Medical and sanitary report of the native army of Madras for the year
Year: 1878
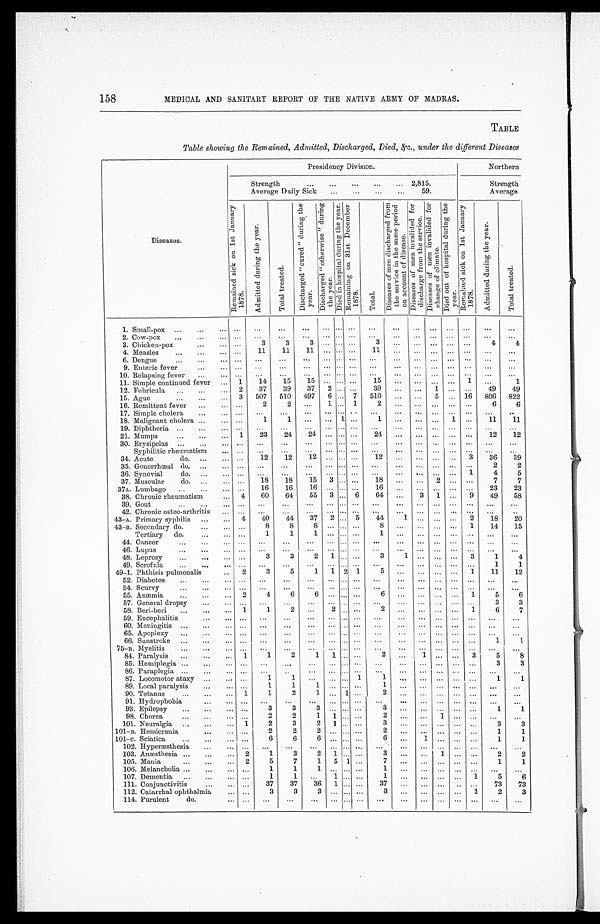
158
MEDICAL AND SANITARY REPORT OF THE NATIVE ARMY OF MADRAS.
TABLE
T a b l e s h o w i n g t h e R e m a i n e d , A d m i t t e d , D i s c h a r g e d , D i e d , & c . , u n d e r t h e d i f f e r e n t D i s e a s e s
Diseases.
Presidency Division.
Northern
Strength. . . 2,815.
Strength
Average Daily Sick . . . 59.
Average
R e m a i n e d s i c k o n 1 s t J a n u a r y 1 8 7 8 .
A d m i t t e d d u r i n g t h e y e a r .
T o t a l t r e a t e d .
D i s c h a r g e d " c u r e d " d u r i n g t h e y e a r .
D i s c h a r g e d " o t h e r w i s e " d u r i n g t h e y e a r .
D i e d i n h o s p i t a l d u r i n g t h e y e a r .
R e m a i n i n g o n 3 1 s t D e c e m b e r 1 8 7 8 .
T o t a l .
D i s e a s e s o f m e n d i s c h a r g e d f r o m t h e s e r v i c e i n t h e s a m e p e r i o d o n a c c o u n t o f d i s e a s e .
D i s e a s e s o f m e n i n v a l i d e d f o r d i s c h a r g e f r o m t h e s e r v i c e .
D i s e a s e s o f m e n i n v a l i d e d f o r c h a n g e o f c l i m a t e .
D i e d o u t o f h o s p i t a l d u r i n g t h e y e a r .
R e m a i n e d s i c k o n 1 s t J a n u a r y 1 8 7 8 .
A d m i t t e d d u r i n g t h e y e a r .
T o t a l t r e a t e d .
1. Small-pox . . .
. . .
. . .
. . .
. . .
. . .
. . .
. . .
. . .
. . .
. . . . . .
. . .
. . .
. . .
. . .
2. Cow-pox . . .
. . .
. . .
. . .
. . .
. . .
. . .
. . .
. . .
. . .
. . . . . .
. . .
. . .
. . .
. . .
. . .
3
3
3
. . .
. . .
. . .
3
. . .
. . . . . .
. . .
. . .
4
4
3. Chicken-pox . . .
. . .
11
11
11
. . .
. . .
. . .
11
. . .
. . . . . .
. . .
. . .
. . .
. . .
4. Measles . . .
6. Dengue . . .
. . .
. . .
. . .
. . .
. . .
. . .
. . .
. . .
. . .
. . . . . .
. . .
. . .
. . .
. . .
9. Enteric fever . . .
. . .. . .
. . .
. . .
. . .
. . .
. . .
. . .
. . .
. . .
. . .
. . .
. . .
. . .
. . .
10. Relapsing fever . . .
. . .
. . .
. . .
. . .
. . .
. . .
. . .
. . .
. . .
. . .
. . .
. . .
. . .
. . .
. . .
1
14
15
15
. . .
. . .
. . .
15
. . .
. . .
. . .
. . .
1
. . .
1
11. Simple continued fever . . .
12. Febricula . . .
2
37
39
37
2
. . .
. . .
39
. . .
. . . 1
. . .
. . .
49
49
3
507
510
497
6
. . . 7
510
. . .
. . .
5
. . .
16
806
822
15. Ague . . .
16. Remittent fever . . .
. . .
2
2
. . .
1
. . . 1
2
. . .
. . .
. . .
. . .
. . .
6
6
17. Simple cholera . . .
. . .
. . .
. . .
. . .
. . .
. . .
. . .
. . .
. . .
. . .
. . .
. . .
. . .
. . .
. . .
18. Malignant cholera . . .
. . .
1
1
. . .
. . .
1
. . .
1
. . .
. . .
. . .
1
. . .
11
11
19. Diphtheria . . .
. . .
. . .
. . .
. . .
. . .
. . .
. . .
. . .
. . .
. . .
. . .
. . .
. . .
. . .
. . .
21. Mumps . . .
1
23
24
24
. . .
. . .
. . .
24
. . .
. . .
. . .
. . .
. . .
12
12
30. Erysipelas . . .
. . .
. . .
. . .
. . .
. . .
. . .
. . .
. . .
. . .
. . .
. . .
. . .
. . .
. . .
. . .
Syphilitic rheumatism . . .
. . .
. . .
. . .
. . .
. . .
. . .
. . .
. . .
. . .
. . .
. . .
. . .
. . .
. . .
. . .
34. Acute do. . . .
. . .
12
12
12
. . .
. . . . . .
12
. . .
. . .
. . .
. . . 3
36
39
35. Gonorrhœal do. . . .
. . .
. . .
. . .
. . .
. . .
. . . . . .
. . .
. . .
. . .
. . . . . .
. . .
2
2
36. Synovial do. . . .
. . .
. . .
. . .
. . .
. . .
. . . . . .
. . .
. . .
. . .
. . .
. . .
1
4
5
37. Muscular do. . . .
. . .
18
18
15
3
. . .
. . .
18
. . .
. . .
2
. . .
. . .
7
7
37A. Lumbago . . .
. . .
16
16
16
. . .
. . .
. . .
16
. . .
. . .
. . .
. . .
. . .
23
23
38. Chronic rheumatism . . .
4
60
64
55
3
. . . 6
64
. . .
3
1
. . .
9
49
58
39. Gout . . .
. . .
. . .
. . .
. . .
. . .
. . .
. . .
. . .
. . .
. . .
. . .
. . .
. . .
. . .
. . .
42. Chronic osteo-arthritis . . .
. . .
. . .
. . .
. . .
. . .
. . .
. . .
. . .
. . .
. . .
. . .
. . .
. . .
. . .
. . .
43-A. Primary syphilis . . .
4
40
44
37
2
. . . 5
44
1
. . .
. . .
. . .
2
18
20
43-B. Secondary do. . . .
. . .
8
8
8
. . .
. . .
. . .
8
. . .
. . .
. . .
. . .
1
14
15
Tertiary do. . . .
. . .
1
1
1
. . .
. . .
. . .
1
. . .
. . .
. . .
. . .
. . .
. . .
. . .
44. Cancer . . .
. . .
. . .
. . .
. . .
. . .
. . .
. . .
. . .
. . .
. . .
. . .
. . .
. . .
. . .
. . .
46. Lupus . . .
. . .
. . .
. . .
. . .
. . .
. . .
. . .
. . .
. . .
. . .
. . .
. . .
. . .
. . .
. . .
48. Leprosy . . .
. . .
3
3
2
1
. . .
. . .
3
1
. . .
. . .
. . .
3
1
4
49. Scrofula. . .
. . .
. . .
. . .
. . .
. . .
. . .
. . .
. . .
. . .
. . .
. . .
. . .
. . .
1
1
49-1. Phthisis pulmonalis . . .
2
3
5
1
1
2
1
5
. . .
. . .
. . .
. . .
1
11
12
52. Diabetes . . .
. . .
. . .
. . .
. . .
. . .
. . .
. . .
. . .
. . .
. . .
. . .
. . .
. . .
. . .
. . .
54. Scurvy . . .
. . .
. . .
. . .
. . .
. . .
. . .
. . .
. . .
. . .
. . .
. . .
. . .
. . .
. . .
. . .
55. Anæmia . . .
2
4
6
6
. . .
. . .
. . .
6
. . .
. . .
. . .
. . .
1
5
6
57. General dropsy . . .
. . .
. . .
. . .
. . .
. . .
. . .
. . . . . .
. . .
. . .
. . .
. . .
. . .
3
3
58. Beri-beri . . .
1
1
2
. . .
2
. . .
. . . 2
. . .
. . .
. . .
. . .
1
6
7
59. Encephalitis . . .
. . .
. . .
. . .
. . .
. . .
. . .
. . .
. . .
. . .
. . .
. . .
. . .
. . .
. . .
. . .
60. Meningitis . . .
. . .
. . .
. . .
. . .
. . .
. . .
. . .
. . .
. . .
. . .
. . .
. . .
. . .
. . .
. . .
65. Apoplexy . . .
. . .
. . .
. . .
. . .
. . .
. . .
. . .
. . .
. . .
. . .
. . .
. . .
. . .
. . .
. . .
66. Sunstroke . . .
. . .. . .
. . .
. . .
. . .
. . .
. . .
. . .
. . .
. . .
. . .
. . .
. . .
1
1
75-B. Myelitis . . .
. . .
. . .
. . .
. . .
. . .
. . .
. . .
. . .
. . .
. . .
. . .
. . .
. . .
. . .
. . .
84. Paralysis . . .
1
1
2
1
1
. . .
. . .
2
. . .
1
. . .
. . .
3
5
8
85. Hemiplegia . . .
. . .
. . .
. . .
. . .
. . .
. . .
. . .
. . .
. . .
. . .
. . .
. . .
. . .
3
3
86. Paraplegia . . .
. . .
. . .
. . .
. . .
. . .
. . .
. . .
. . .
. . .
. . .
. . .
. . .
. . .
. . .
. . .
. . .
1
1
. . .
. . .
. . . 1
1
. . .
. . .
. . .
. . .
. . .
1
1
87. Locomotor ataxy . . .
89. Local paralysis . . .
. . .
1
1
1
. . .
. . .
. . .
1
. . .
. . .
. . .
. . .
. . .
. . .
. . .
90. Tetanus . . .
1
1
2
1
. . . 1
. . .
2
. . .
. . .
. . .
. . .
. . .
. . .
. . .
91. Hydrophobia . . .
. . .
. . .
. . .
. . .
. . .
. . .
. . .
. . .
. . .
. . .
. . .
. . .
. . .
. . .
. . .
93. Epilepsy . . .
. . .
3
3
3
. . .
. . .
. . .
3
. . .
. . .
. . .
. . .
. . .
1
1
98. Chorea . . .
. . .
2
2
1
1
. . .
. . .
2
. . .
. . .
1
. . .
. . .
. . .
. . .
101. Neuralgia . . .
1
2
3
2
1
. . .
. . .
3
. . .
. . .
. . .
. . .
. . .
3
3
101-B. Hemicrania . . .
. . .
2
2
2
. . .
. . .
. . .
2
. . .
. . .
. . .
. . .
. . .
1
1
101-C. Sciatica . . .
. . .
6
6
6
. . .
. . .
. . .
6
. . .
1
. . .
. . .
. . .
1
1
102. Hyperæsthesia . . .
. . .
. . .
. . .
. . .
. . .
. . .
. . .
. . .
. . .
. . .
. . .
. . .
. . .
. . .
. . .
103. Anæsthesia . . .
2
1
3
2
1 . . .
. . .
3
. . .
. . .
1
. . .
. . .
2
2
105. Mania . . .
2
5
7
1
5
1
. . .
7
. . .
. . .
. . .
. . .
. . .
1
1
106. Melancholia . . .
. . .
1
1
1
. . .
. . .
. . .
1
. . .
. . .
. . .
. . .
. . .
. . .
. . .
107. Dementia . . .
. . .
1
1
. . .
1 . . .
. . .
1
. . .
. . .
. . .
. . .
1
5
6
111. Conjunctivitis . . .
. . .
37
37
36
1
. . .
. . .
37
. . .
. . .
. . .
. . .
. . .
73
73
112. Catarrhal ophthalmia . . .
. . .
3
3
3
. . . . . .
. . .
3
. . .
. . .
. . .
. . .
1
2
3
114. Purulent do. . . .
. . .
. . .
. . .
. . .
. . . . . .
. . .
. . .
. . .
. . .
. . .
. . .
. . .
. . .
. . .